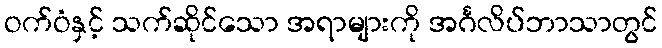
ဝက်ဝံနှင့် သက်ဆိုင်သော အရာများကို အင်္ဂလိပ်ဘာသာတွင်